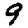
Digit: 9